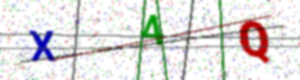
Text: X4Q